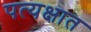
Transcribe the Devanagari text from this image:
पत्यक्षात